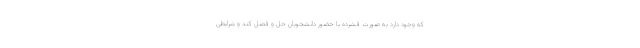
که وجود دارد به صورت فشرده با حضور دانشجویان حل و فصل کند و شرایطی